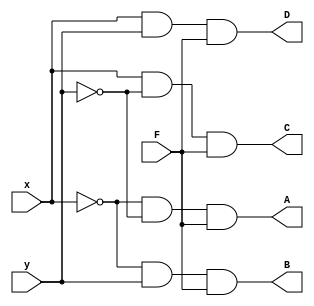
`timescale 1ns / 1ps

module demux_1_to_4(
    input x,
    input y,
    input F,
    output A,
    output B,
    output C,
    output D
    );

assign A = (~x)&(~y)&F;     // ~x, ~y, F and
assign B = (~x)&y&F;        // ~x, y, F and
assign C = x&(~y)&F;        // x, ~y, F and
assign D = x&y&F;           // x, y, F and

endmodule